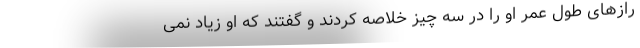
رازهای طول عمر او را در سه چیز خلاصه کردند و گفتند که او زیاد نمی